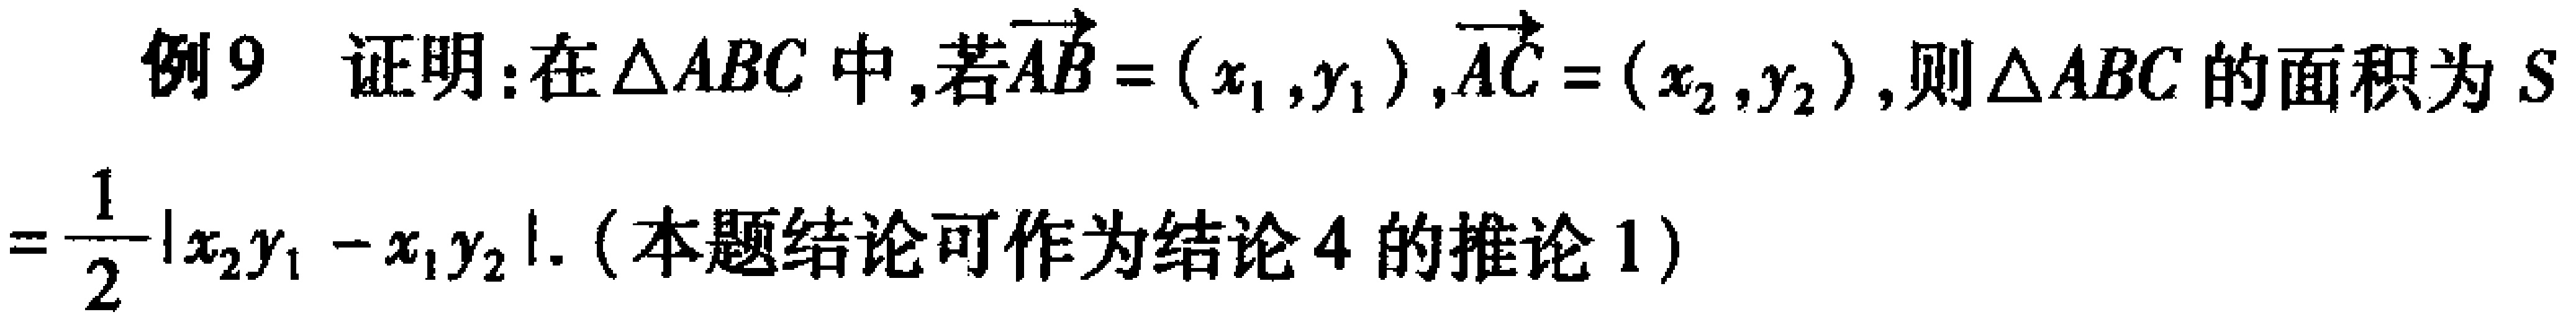
例9 证明：在\(\triangle ABC\)中，若\(\overrightarrow{AB} = (x_1, y_1)\)，\(\overrightarrow{AC} = (x_2, y_2)\)，则\(\triangle ABC\)的面积为\(S = \frac{1}{2}|x_2y_1 - x_1y_2|\).（本题结论可作为结论4的推论1）